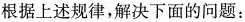
根据上述规律，解决下面的问题：